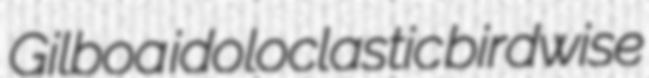
Gilboa idoloclastic birdwise